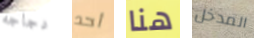
دجاجه أحد هنا المدخل